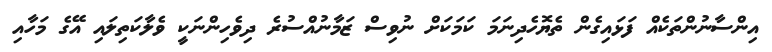
އިންސާނުންތަކެއް ފަޅައިގެން ތެޔޮހެދިނަމަ ކަމަކަށް ނުވިސް ޒަމާނުއްސުރެ ދިވެހިންނަކީ ވެލާކަތިލައި އޭގެ މަހާއި